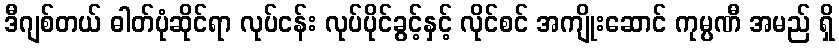
ဒီဂျစ်တယ် ဓါတ်ပုံဆိုင်ရာ လုပ်ငန်း လုပ်ပိုင်ခွင့်နှင့် လိုင်စင် အကျိုးဆောင် ကုမ္ပဏီ အမည် ရှိ